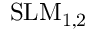
\mathrm { S L M _ { 1 , 2 } }